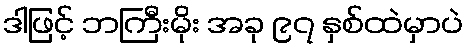
ဒါဖြင့် ဘကြီးမိုး အခု ၉၇ နှစ်ထဲမှာပဲ